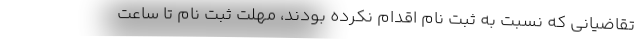
تقاضیانی که نسبت به ثبت نام اقدام نکرده بودند، مهلت ثبت نام تا ساعت